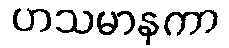
ဟသမာနကာ